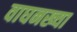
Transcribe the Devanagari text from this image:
वाघनख्या